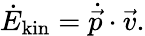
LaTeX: \dot{E}_{\mathrm{kin}}=\dot{\vec{p}}\cdot\vec{v}.